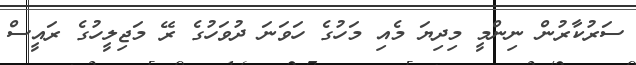
ސަރުކާރުން ނިންމީ މިދިޔަ މެއި މަހުގެ ހަވަނަ ދުވަހުގެ ރޭ މަޖިލީހުގެ ރައީސް